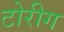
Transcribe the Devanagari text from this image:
टोरीग